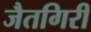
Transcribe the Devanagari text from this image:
जैतगिरी